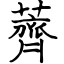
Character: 薺